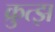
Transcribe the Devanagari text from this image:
क्रुत्झ